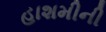
હાશમીની